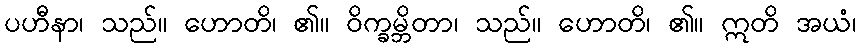
ပဟီနာ၊ သည်။ ဟောတိ၊ ၏။ ဝိက္ခမ္ဘိတာ၊ သည်။ ဟောတိ၊ ၏။ ဣတိ အယံ၊